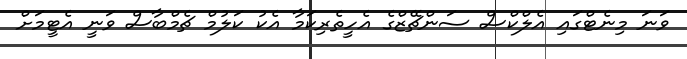
ވަނަ މިނެޓްގައި އެލްކްސް ސަންޗޭޒްގެ އެހީތެރިކަމާ އެކު ކަލުމް ޗެމްބާސް ވަނީ އެޓީމަށް